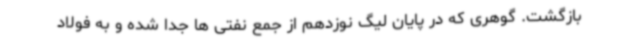
بازگشت. گوهری که در پایان لیگ نوزدهم از جمع نفتی ها جدا شده و به فولاد